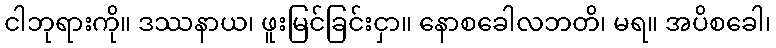
ငါဘုရားကို။ ဒဿနာယ၊ ဖူးမြင်ခြင်းငှာ။ နောစခေါလဘတိ၊ မရ။ အပိစခေါ၊